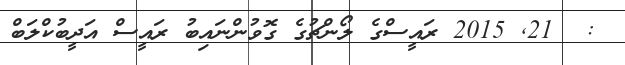
:  21